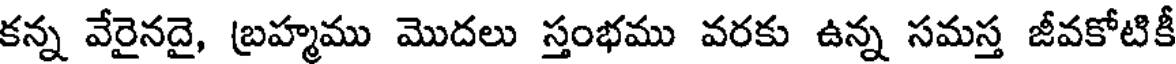
కన్న వేరైనదై, బ్రహ్మము మొదలు స్తంభము వరకు ఉన్న సమస్త జీవకోటికీ